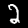
Digit: 2